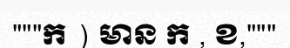
"""ក ) មាន ក , ខ,"""